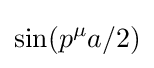
\sin(p^{\mu }a/2)